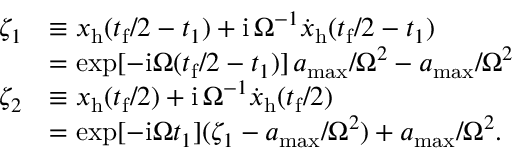
\begin{array} { r l } { \zeta _ { 1 } } & { \equiv x _ { \mathrm { h } } ( t _ { \mathrm { f } } / 2 - t _ { 1 } ) + \mathrm { i } \, \Omega ^ { - 1 } { \dot { x } } _ { \mathrm { h } } ( t _ { \mathrm { f } } / 2 - t _ { 1 } ) } \\ & { = \exp [ - \mathrm { i } \Omega ( t _ { \mathrm { f } } / 2 - t _ { 1 } ) ] \, a _ { \mathrm { m a x } } / \Omega ^ { 2 } - a _ { \mathrm { m a x } } / \Omega ^ { 2 } } \\ { \zeta _ { 2 } } & { \equiv x _ { \mathrm { h } } ( t _ { \mathrm { f } } / 2 ) + \mathrm { i } \, \Omega ^ { - 1 } { \dot { x } } _ { \mathrm { h } } ( t _ { \mathrm { f } } / 2 ) } \\ & { = \exp [ - \mathrm { i } \Omega t _ { 1 } ] ( \zeta _ { 1 } - a _ { \mathrm { m a x } } / \Omega ^ { 2 } ) + a _ { \mathrm { m a x } } / \Omega ^ { 2 } . } \end{array}